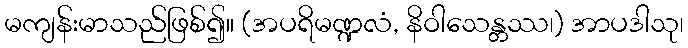
မကျန်းမာသည်ဖြစ်၍။ (အပရိမဏ္ဍလံ, နိဝါသေန္တဿ၊) အာပဒါသု၊